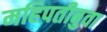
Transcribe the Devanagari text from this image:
महिपतीबुवा